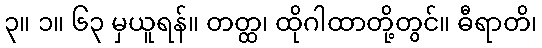
၃။ ၁။ ၆၃ မှယူရန်။ တတ္ထ၊ ထိုဂါထာတို့တွင်။ ဓီရာတိ၊